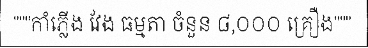
"""កាំភ្លើង វែង ធម្មតា ចំនួន ៨,០០០ គ្រឿង"""